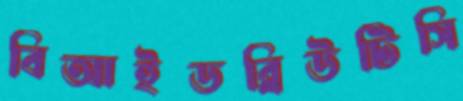
বিআইডব্লিউটিসি